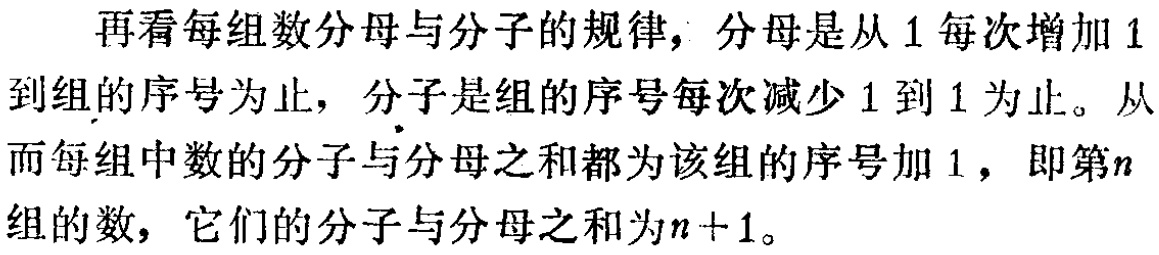
再看每组数分母与分子的规律，分母是从 \(1\) 每次增加 \(1\) 到组的序号为止，分子是组的序号每次减少 \(1\) 到 \(1\) 为止。从而每组中数的分子与分母之和都为该组的序号加 \(1\) ，即第\(n\)组的数，它们的分子与分母之和为\(n + 1\)。